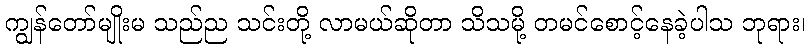
ကျွန်တော်မျိုးမ သည်ည သင်းတို့ လာမယ်ဆိုတာ သိသမို့ တမင်စောင့်နေခဲ့ပါသ ဘုရား၊